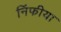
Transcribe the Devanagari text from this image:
निंफीया